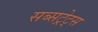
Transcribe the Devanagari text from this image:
सब्सट्रेट्स